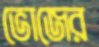
ভোজের